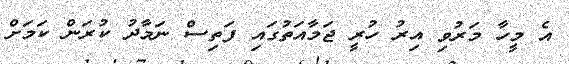
އެ މީހާ މަރުވި އިރު ހުރީ ޖަމާއަތުގައި ފަތިސް ނަމާދު ކުރަން ކަމަށް